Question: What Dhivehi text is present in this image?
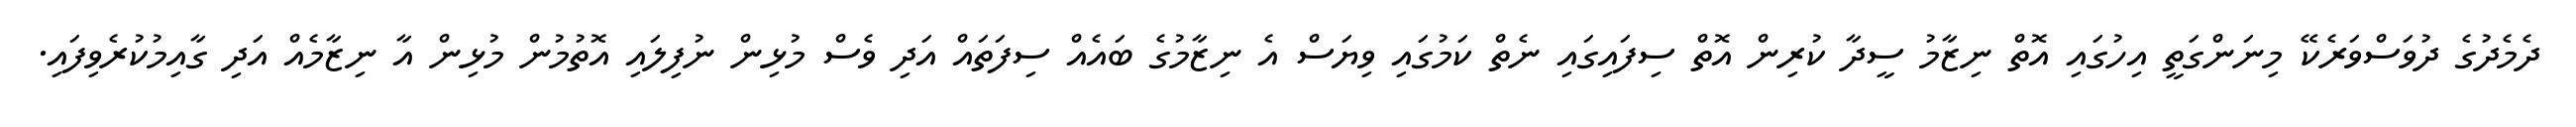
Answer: ދެމެދުގެ ދުވަސްވަރެކޭ މިނަންގަތީ އިހުގައި އޮތް ނިޒާމު ސީދާ ކުރިން އޮތް ސިފައިގައި ނެތް ކަމުގައި ވިޔަސް އެ ނިޒާމުގެ ބައެއް ސިފަތައް އަދި ވެސް މުޅިން ނުފިލައި އޮތުމުން މުޅިން އާ ނިޒާމެއް އަދި ގާއިމުކުރެވިފައި.